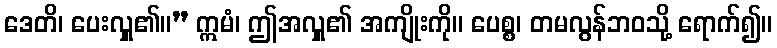
ဒေတိ၊ ပေးလှူ၏။” ဣမံ၊ ဤအလှူ၏ အကျိုးကို။ ပေစ္စ၊ တမလွန်ဘဝသို့ ရောက်၍။